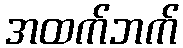
အထက်ဘက်